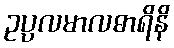
ဥပ္ပလမာလဓာရိနိ